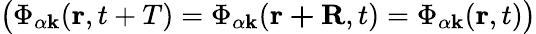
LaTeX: \big(\Phi_{\alpha\mathbf{k}}(\mathbf{r},t+T)=\Phi_{\alpha\mathbf{k}}(\mathbf{r+R},t)=\Phi_{\alpha\mathbf{k}}(\mathbf{r},t)\big)